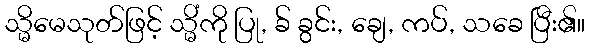
သ္မိမေသုတ်ဖြင့် သ္မိံကို ပြု, ခ် ခွင်း, ချေ, ကပ်, သခေ ပြီး၏။